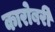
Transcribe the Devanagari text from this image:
कारोबरी